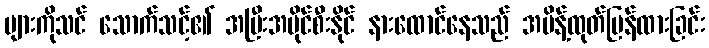
များကိုသင် သောက်သင့်၏ အပြီးအပိုင်စီးနိုင် နားထောင်နေသည် အမိန့်ထုတ်ပြန်ထားခြင်း